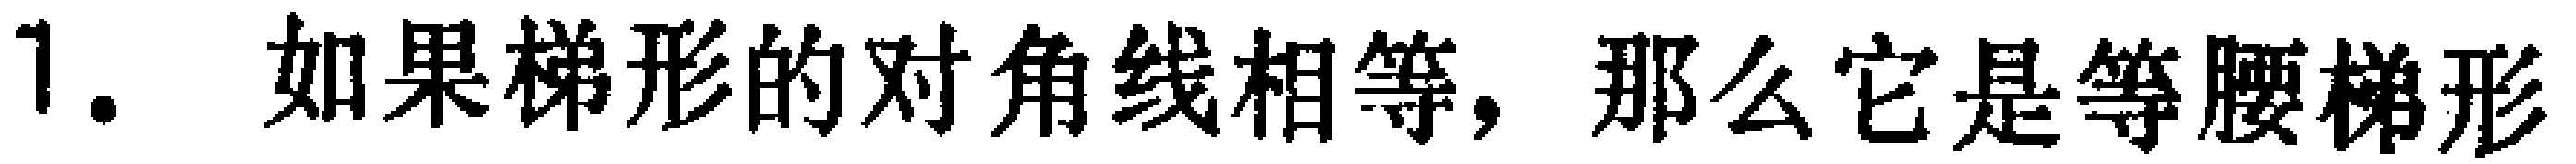
1. 如果梯形的对角线相等，那么它是等腰梯形